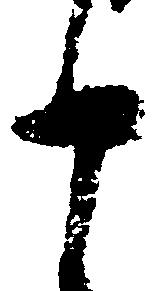
十